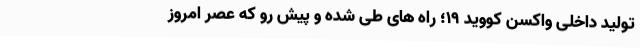
تولید داخلی واکسن کووید ۱۹؛ راه های طی شده و پیش رو که عصر امروز